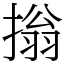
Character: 㨣